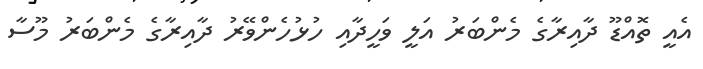
އެއީ ތޮއްޑޫ ދާއިރާގެ މެންބަރު އަލީ ވަހީދާއި ހުޅުހެންވޭރު ދާއިރާގެ މެންބަރު މޫސާ